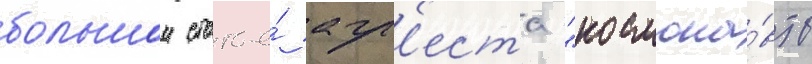
большои статье́ агр'еста "космона́вты